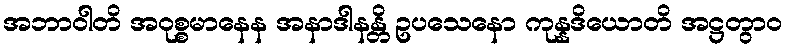
အဘာဝါတိ အဝုစ္စမာနေန အနာဒါနန္တိ ဥပသေနော ကုန္နဒိယောတိ အဋ္ဌတွာဝ